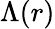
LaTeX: \Lambda(r)